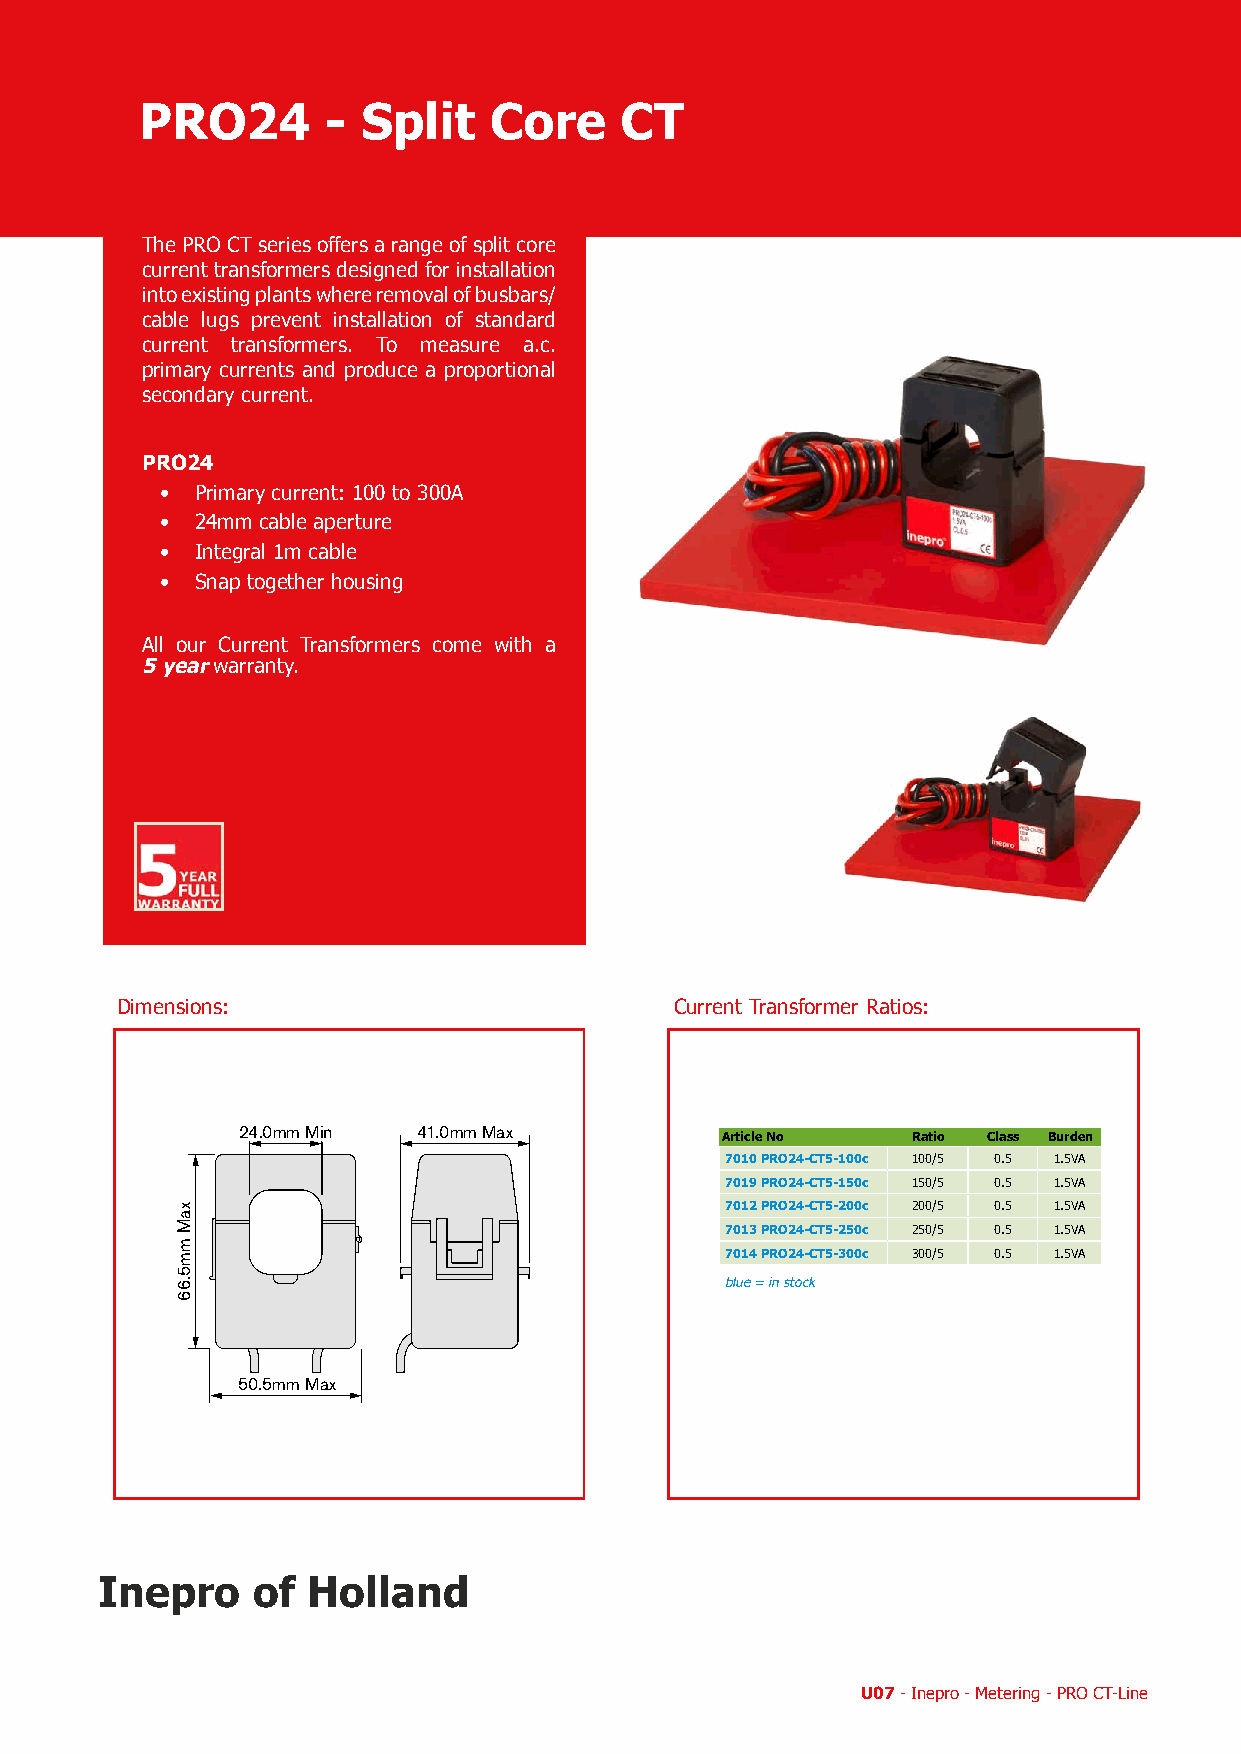
PRO24        - Split   Core     CT
 DTeAh e P aPryRanMOg aCet Tic so-efFr iems oinfif erss pal itr ancgoer eo f scpulirtr econrte
 cutrrarennsfto trrmanesrfso rdmeseirgsn deeds ifgonr eidn sftoarl laintsiotanl lainttioon
 existing plants where removal of busbars/
 Dine tAo De2xi4s0ti0n-gb p lants where removal of busbars/
 cable lugs prevent installat ion of standard
 cacbulrer enlutg tsr anpsrefovremnte rsin. stallation of standard
 current transformers. To measure a.c.
 To measure a.c primary currents and
 prpirmoadruyc ec uar repnrotsp oarntido nparlo dsuecc oen ad a prryo pcourrtrieonnta l
 sescigonnadla.ry current.
 Tas-T10
 PRO24
 • 10mm dia cable aperture
 • Primary current: 100 to 300A
 • Primary Current : 5 to 75A
 • 24mm cable aperture
 • Integral 1m cable
 • Integral 1m cable
 • Snap together housing
 • Snap together housing
 • Accuracy : ±1% from 5% to 120% of
 rated current
 All our Current Transformers come with a
 5T yaesa-rT 1w0arranty.
 • 16mm dia cable aperture
 • Primary Current : 50 to 150A
 • Integral 1m cable
 • Snap together housing
 • Accuracy : ±1% from 5% to 120% of
 rated current
 Dimensions:                          Current Transformer Ratios:
 24.0mm Min  41.0mm Max          Article No  Ratio Class Burden
 7010 PRO24-CT5-100c 100/5 0.5 1.5VA
 7019 PRO24-CT5-150c 150/5 0.5 1.5VA
 7012 PRO24-CT5-200c 200/5 0.5 1.5VA
 7013 PRO24-CT5-250c 250/5 0.5 1.5VA
 7014 PRO24-CT5-300c 300/5 0.5 1.5VA
 blue = in stock
 50.5mm Max
 Inepro     of Holland
 U07 - Inepro - Metering - PRO CT-Line
 xaM
 mm5.66